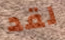
لقد